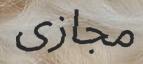
مجازى